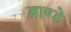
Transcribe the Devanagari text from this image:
ब्राण्डे